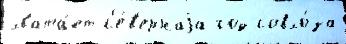
хвата́ет с'е́в'ернаjа год совхо́за